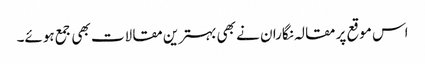
اس موقع پر مقالہ نگاران نے بھی بہترین مقالات بھی جمع ہوئے۔